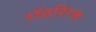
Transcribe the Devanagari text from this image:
रॉडरिग्ज